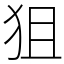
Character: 狙